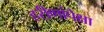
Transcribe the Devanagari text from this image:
हरीणांपेक्षा